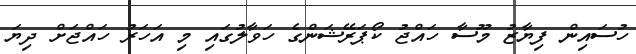
ހުސައިން ފިޔާޒު މޫސާ ހައްޖު ކޯޕަރޭޝަންގެ ހަވާލުގައި މި އަހަރު ހައްޖަށް ދިޔަ